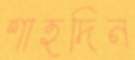
শাহদিন